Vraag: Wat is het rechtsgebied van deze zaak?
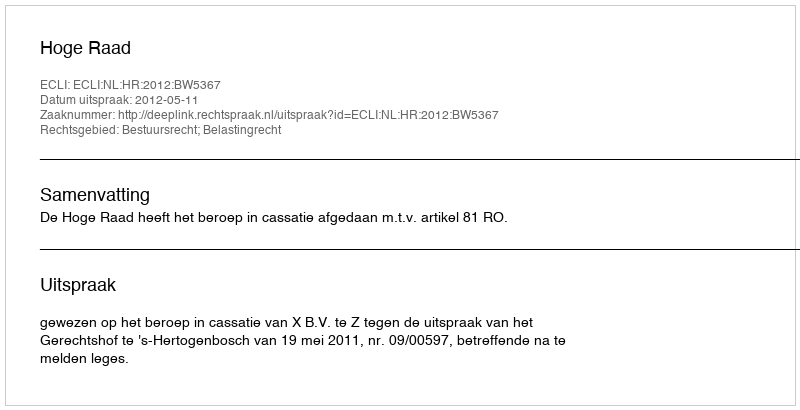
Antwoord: Bestuursrecht; Belastingrecht